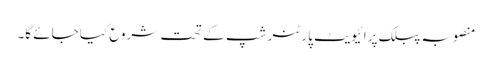
منصوبہ پبلک پرائیویٹ پارٹنر شپ کے تحت شروع کیا جائے گا۔